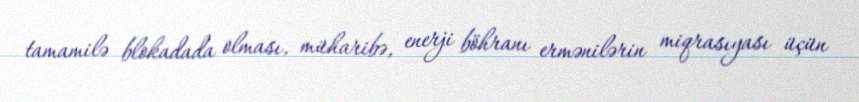
tamamilə blokadada olması, müharibə, enerji böhranı ermənilərin miqrasıyası üçün